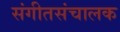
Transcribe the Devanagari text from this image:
संगीतसंचालक